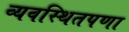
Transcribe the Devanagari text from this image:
व्यवस्थितपणा